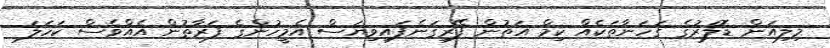
މިލިއަން ޑޮލަރުގެ ގަހަނާތަކެއް ކިމް އަތުން ފޭރިގަނެފައިވިޔަސް އެމީހުންގެ ފަރާތުން އެއްވެސް ކަހަލަ